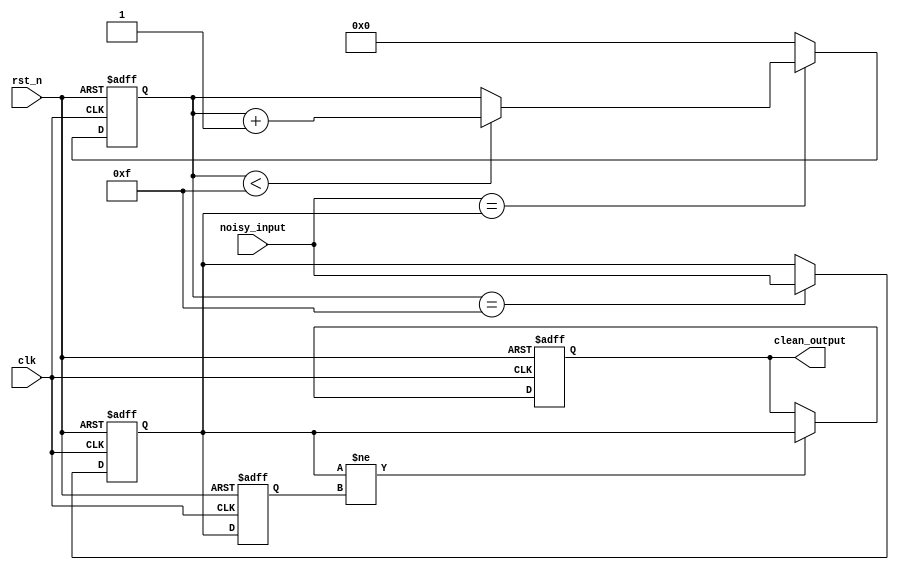
module DebouncedEdgeDetector (
    input wire clk,          // Clock input
    input wire rst_n,       // Active-low reset
    input wire noisy_input,  // Noisy input signal
    output reg clean_output   // Debounced output signal
);

    parameter DEBOUNCE_TIME = 16; // Example debounce time (in clock cycles)

    reg [DEBOUNCE_TIME-1:0] debounce_counter; // Counter to track stable state duration
    reg stable_state;         // Stable state of the noisy input
    reg last_stable_state;    // Last stable state for edge detection

    // State storage and debounce logic
    always @(posedge clk or negedge rst_n) begin
        if (!rst_n) begin
            debounce_counter <= 0;
            stable_state <= 0;
            last_stable_state <= 0;
            clean_output <= 0;
        end else begin
            // If the noisy input is stable (not changing)
            if (noisy_input == stable_state) begin
                // Increment the debounce counter
                if (debounce_counter < DEBOUNCE_TIME - 1) begin
                    debounce_counter <= debounce_counter + 1;
                end
            end else begin
                // Reset the counter if the input changes
                debounce_counter <= 0;
            end

            // Update stable state if the debounce duration has been reached
            if (debounce_counter == DEBOUNCE_TIME - 1) begin
                stable_state <= noisy_input;
            end

            // Edge detection: Detect rising or falling edges
            if (stable_state != last_stable_state) begin
                clean_output <= stable_state; // Update output only on valid transition
            end

            // Store last stable state for the next cycle
            last_stable_state <= stable_state;
        end
    end
endmodule